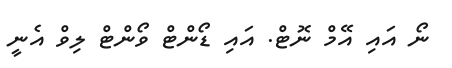
ނޯ އައި އޭމް ނޮޓް. އައި ޑޯންޓް ވޯންޓް ލިވް އެނީ